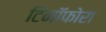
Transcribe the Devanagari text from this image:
टिनॉफोरा